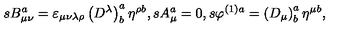
s B _ { \mu \nu } ^ { a } = \varepsilon _ { \mu \nu \lambda \rho } \left( D ^ { \lambda } \right) _ { b } ^ { a } \eta ^ { \rho b } , s A _ { \mu } ^ { a } = 0 , s \varphi ^ { ( 1 ) a } = \left( D _ { \mu } \right) _ { b } ^ { a } \eta ^ { \mu b } ,